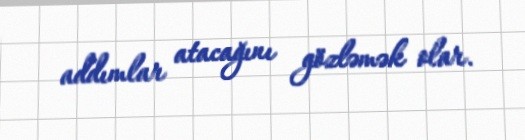
addımlar atacağını gözləmək olar.